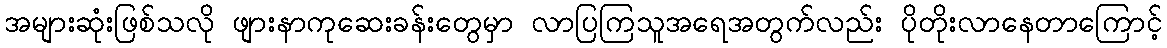
အများဆုံးဖြစ်သလို ဖျားနာကုဆေးခန်းတွေမှာ လာပြကြသူအရေအတွက်လည်း ပိုတိုးလာနေတာကြောင့်